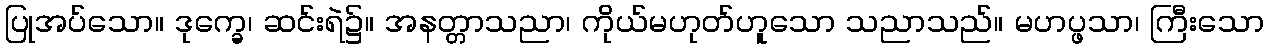
ပြုအပ်သော။ ဒုက္ခေ၊ ဆင်းရဲ၌။ အနတ္တာသညာ၊ ကိုယ်မဟုတ်ဟူသော သညာသည်။ မဟပ္ဖသာ၊ ကြီးသော